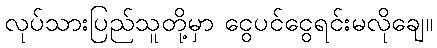
လုပ်သားပြည်သူတို့မှာ ငွေပင်ငွေရင်းမလိုချေ။